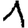
Digit: 1